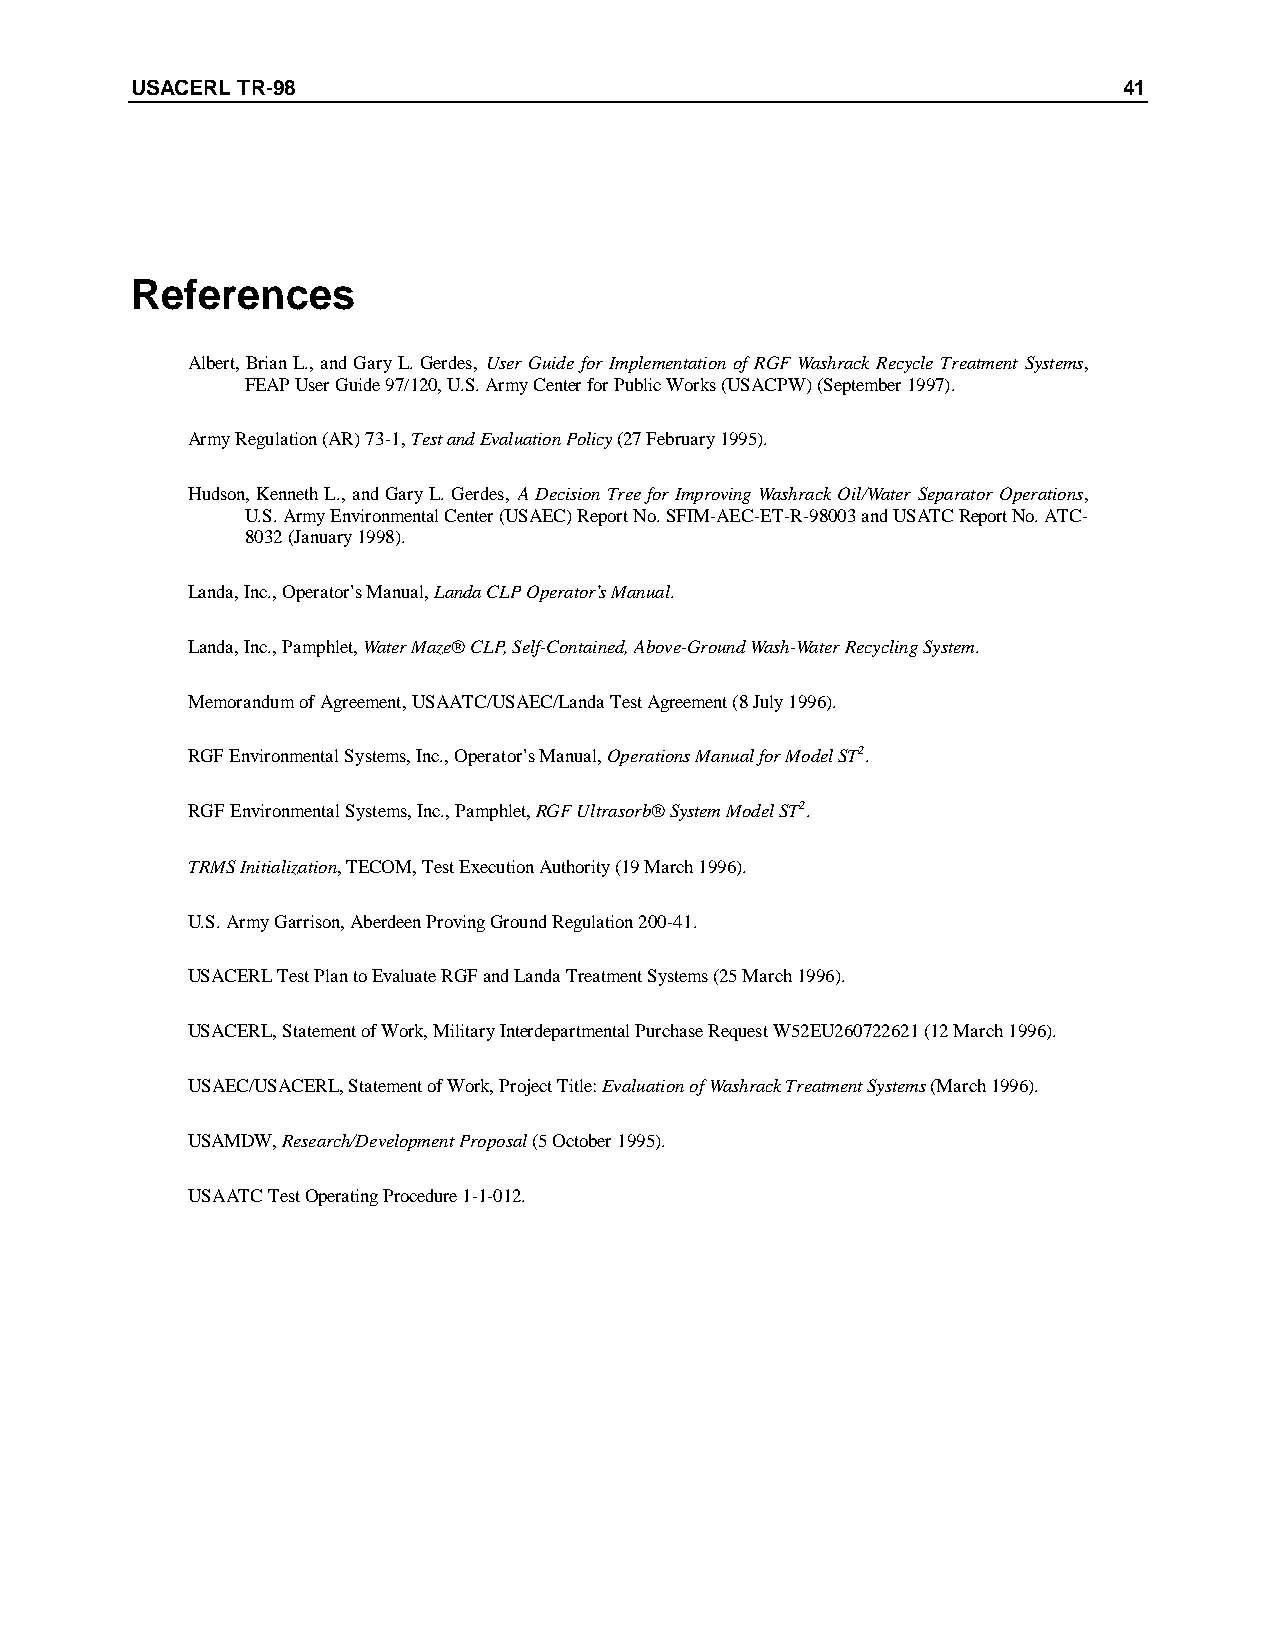
USACERL TR-98                                                    41
 References
 Albert, Brian L., and Gary L. Gerdes, User Guide for Implementation of RGF Washrack Recycle Treatment Systems,
 FEAP User Guide 97/120, U.S. Army Center for Public Works (USACPW) (September 1997).
 Army Regulation (AR) 73-1, Test and Evaluation Policy (27 February 1995).
 Hudson, Kenneth L., and Gary L. Gerdes, A Decision Tree for Improving Washrack Oil/Water Separator Operations,
 U.S. Army Environmental Center (USAEC) Report No. SFIM-AEC-ET-R-98003 and USATC Report No. ATC-
 8032 (January 1998).
 Landa, Inc., Operator’s Manual, Landa CLP Operator’s Manual.
 Landa, Inc., Pamphlet, Water Maze® CLP, Self-Contained, Above-Ground Wash-Water Recycling System.
 Memorandum of Agreement, USAATC/USAEC/Landa Test Agreement (8 July 1996).
 RGF Environmental Systems, Inc., Operator’s Manual,O perations Manual for Model ST2.
 RGF Environmental Systems, Inc., Pamphlet,R GF Ultrasorb® System Model ST2.
 TRMS Initialization, TECOM, Test Execution Authority (19 March 1996).
 U.S. Army Garrison, Aberdeen Proving Ground Regulation 200-41.
 USACERL Test Plan to Evaluate RGF and Landa Treatment Systems (25 March 1996).
 USACERL, Statement of Work, Military Interdepartmental Purchase Request W52EU260722621 (12 March 1996).
 USAEC/USACERL, Statement of Work, Project Title:E valuation of Washrack Treatment Systems (March 1996).
 USAMDW, Research/Development Proposal (5 October 1995).
 USAATC Test Operating Procedure 1-1-012.